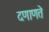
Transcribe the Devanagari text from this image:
दणाणते